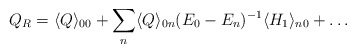
\begin{align*}Q_R=\langle Q\rangle_{00}+\sum_n\langle Q\rangle_{0n}(E_0-E_n)^{-1}\langle H_1\rangle_{n0}+\dots\end{align*}